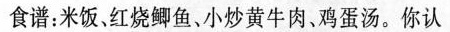
食谱：米饭、红烧鲫鱼、小炒黄牛肉、鸡蛋汤。你认